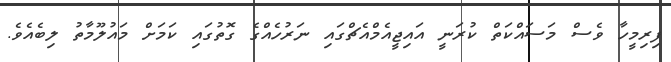
ފިރިމީހާ ވެސް މަސައްކަތް ކުރަނީ އައިޖީއެމްއެޗްގައި ނަރުހެއްގެ ގޮތުގައި ކަމަށް މައުލޫމާތު ލިބެއެވެ.